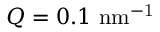
Q = 0 . 1 ~ \mathrm { \mathrm { n m ^ { - 1 } } }